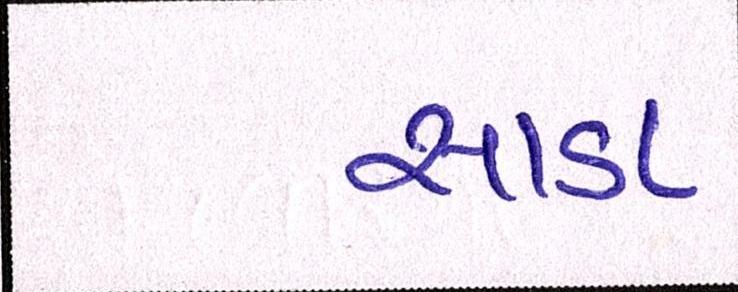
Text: સાડા